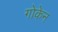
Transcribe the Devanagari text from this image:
गोकेन